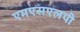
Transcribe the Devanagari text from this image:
एमएसएलपी